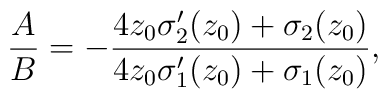
\frac{A}{B} = - \frac{4z_0{\sigma}_2^{\prime}(z_0) +{\sigma}_2(z_0)}{4z_0{\sigma}_1^{\prime}(z_0) +{\sigma}_1(z_0)},